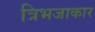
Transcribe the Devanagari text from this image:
त्रिभजाकार